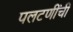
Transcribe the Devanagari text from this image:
पलटणींची